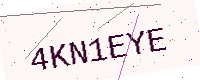
Text: 4KN1EYE